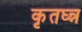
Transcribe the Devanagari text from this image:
कृतघ्न्न